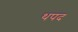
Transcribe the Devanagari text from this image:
थपद